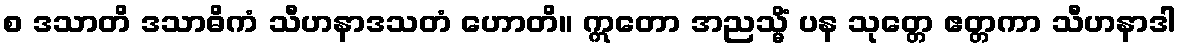
စ ဒသာတိ ဒသာဓိကံ သီဟနာဒသတံ ဟောတိ။ ဣတော အညသ္မိံ ပန သုတ္တေ ဧတ္တကာ သီဟနာဒါ